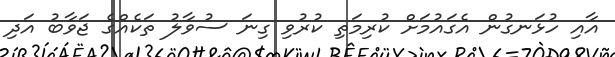
އާއި ހުޅަނގުން އެގައުމަށް ކުރިމަތި ކުރުވި ގިނަ ސުވާލު ތަކެއްގެ ޖަވާބު އަދި